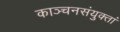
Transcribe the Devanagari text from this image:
काञ्चनसंयुक्तां